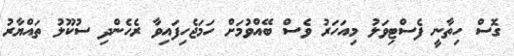
ގޮސް ހިތާނީ ފެސްޓިވަލު މިއަހަރު ވެސް ބޭއްވުމަށް ހަމަޖެހިފައިވާ ރެހެންދި ސުކޫލު ތައްޔާރު